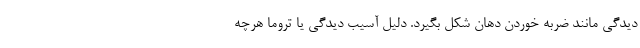
دیدگی مانند ضربه خوردن دهان شکل بگیرد. دلیل آسیب دیدگی یا تروما هرچه